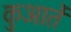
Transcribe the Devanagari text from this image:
कुआर्ते